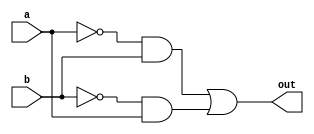
module myXor(out, a, b);
input a,b;
output out;
wire anot, bnot, t1,t2;
not nota(anot,a);
not notb(bnot,b);
and and1(t1,anot,b);
and and2(t2,bnot,a);
or or1(out,t1,t2);
endmodule